Document type: Sale
Year: 1275
Scribe: Salvador de Baiona
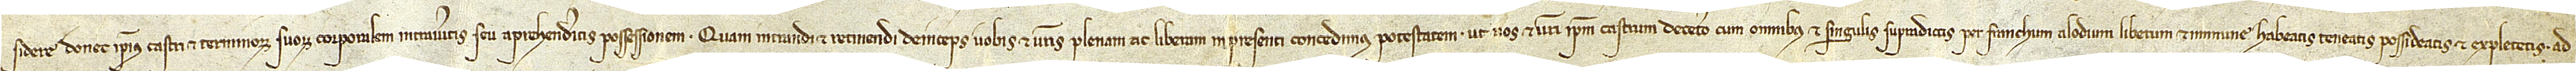
sidere donec ipsius castri et terminorum suorum corporalem intraveritis seu aprehenderitis possessionem. Quam intrandi et retinendi deinceps vobis et vestris plenam ac liberam in presenti concedimus potestatem, ut vos et vestri ipsum castrum decetero, cum omnibus et singulis supradictis, per franchum alodium liberum et immune habeatis, teneatis, possideatis et expletetis ad